Plague in India, 1896, 1897 - Volume 3
Year: 1896
Disease focus: Plague
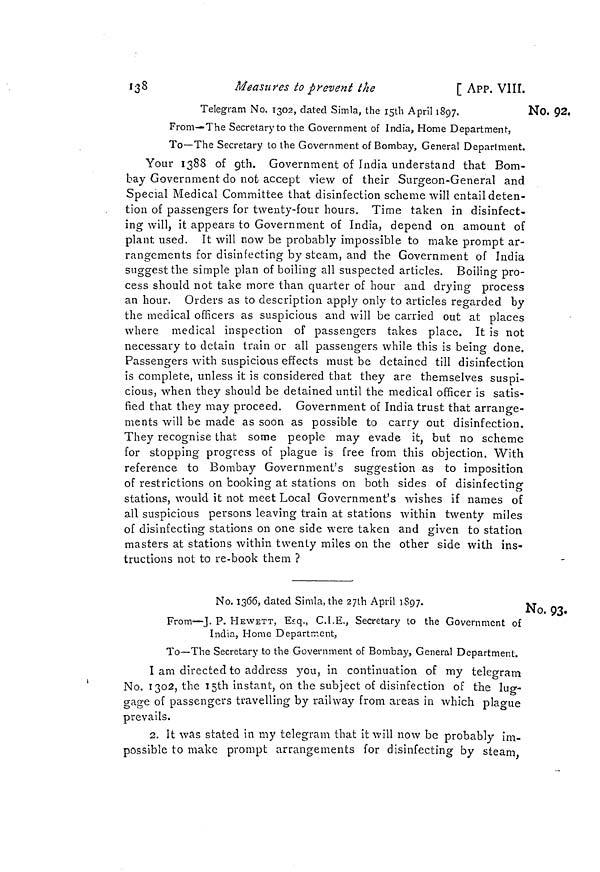
138
Measures to prevent the
[ APP. VIII
No. 92,
Telegram No. 1302, dated Simla, the isth April 1897.
1
From—The Secretary to the Government of India, Home Department,
To—The Secretary to the Government of Bombay, General Deparlment.
Your 1388 of 9th. Government of India understand that Bom-
bay Government do not accept view of their Surgeon-General and
Special Medical Committee that disinfection scheme will entail deten-
tion of passengers for twenty-four hours. Time taken in disinfect-
ing will, it appears to Government of India, depend on amount of
plant used. It will now be probably impossible to make prompt ar-
rangements for disinfecting by steam, and the Government of India
suggest the simple plan of boiling all suspected articles. Boiling pro-
cess should not take more than quarter of hour and drying process
an hour. Orders as to description apply only to articles regarded by
the medical officers as suspicious and will be carried out at places
where medical inspection of passengers takes place. It is not
necessary to detain train or all passengers while this is being done.
Passengers with suspicious effects must be detained till disinfection
is complete, unless it is considered that they are themselves suspi-
cious, when they should be detained until the medical officer is satis-
fied that they may proceed. Government of India trust that arrange-
ments will be made as soon as possible to carry out disinfection.
They recognise that some people may evade it, but no scheme
for stopping progress of plague is free from this objection. With
reference to Bombay Government's suggestion as to imposition
of restrictions on booking at stations on both sides of disinfecting
stations, would it not meet Local Government's wishes if names of
all suspicious persons leaving train at stations within twenty miles
of disinfecting stations on one side were taken and given to station
masters at stations within twenty miles on the other side with ins-
tructions not to re-book them ?
No. 93.
No. 1366, dated Simla, the 27th April 1897.
From—J. P. HEWETT, Esq., C.I.E., Secretary to the Government of
India, Home Department,
To—The Secretary to the Government of Bombay, General Department.
I am directed to address you, in continuation of my telegram
No. 1302, the 15th instant, on the subject of disinfection of the lug-
-gage of passengers travelling by railway from areas in which plague
prevails.
2. It was stated in my telegram that it will now be probably im-
possible to make prompt arrangements for disinfecting by steam,